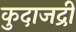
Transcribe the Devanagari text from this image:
कुदाजद्री